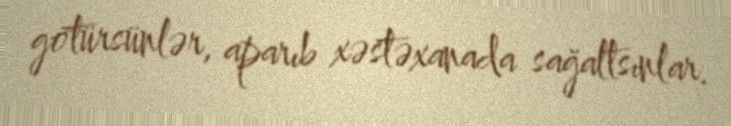
götürsünlər, aparıb xəstəxanada sağaltsınlar.